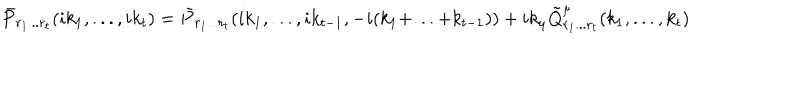
\bar { P } _ { r _ { 1 } . . . r _ { t } } ( i k _ { 1 } , . . . , i k _ { t } ) = \bar { P } _ { r _ { 1 } . . . r _ { t } } ( i k _ { 1 } , . . . , i k _ { t - 1 } , - i ( k _ { 1 } + . . . + k _ { t - 1 } ) ) + i k _ { \mu } \tilde { Q } _ { r _ { 1 } . . . r _ { t } } ^ { \mu } ( k _ { 1 } , . . . , k _ { t } )